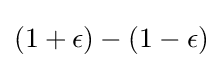
(1+\epsilon )-(1-\epsilon )